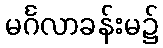
မင်္ဂလာခန်းမ၌